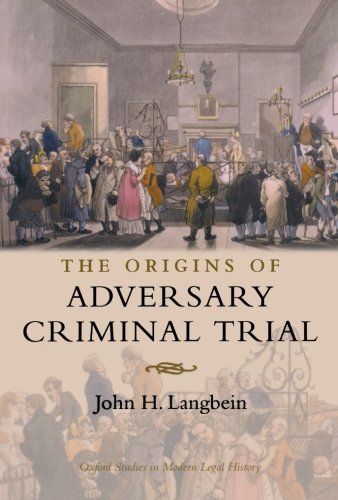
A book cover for The Origins of Adversary Criminal Trial (Oxford Studies in Modern Legal History); John H. Langbein; Law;